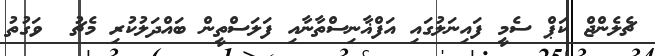
ޗެލެންޖް ކަޕް ސެމީ ފައިނަލުގައި އަފްޣާނިސްތާނާއި ފަލަސްތީން ބައްދަލުކުރި މެޗު  ވަގުތު